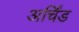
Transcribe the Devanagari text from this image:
अर्चिंड